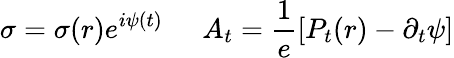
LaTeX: \sigma=\sigma(r)e^{i\psi(t)}\; \; \; \; \; A_{t}=\frac{1}{e}[P_{t}(r)-\partial_{t}\psi]